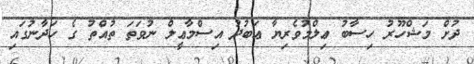
ދުށް މަޝްހޫރު ހިސާބު ޢިލްމުވެރިޔާ ޢަބުދު އިސްމާޢީލް ނުވަތަ ތުއްތު ގެ ހަދާނުގައި